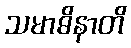
သမာဓိနာတိ